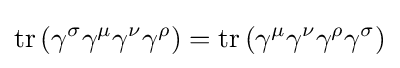
\operatorname {tr} \left(\gamma ^{\sigma }\gamma ^{\mu }\gamma ^{\nu }\gamma ^{\rho }\right)=\operatorname {tr} \left(\gamma ^{\mu }\gamma ^{\nu }\gamma ^{\rho }\gamma ^{\sigma }\right)